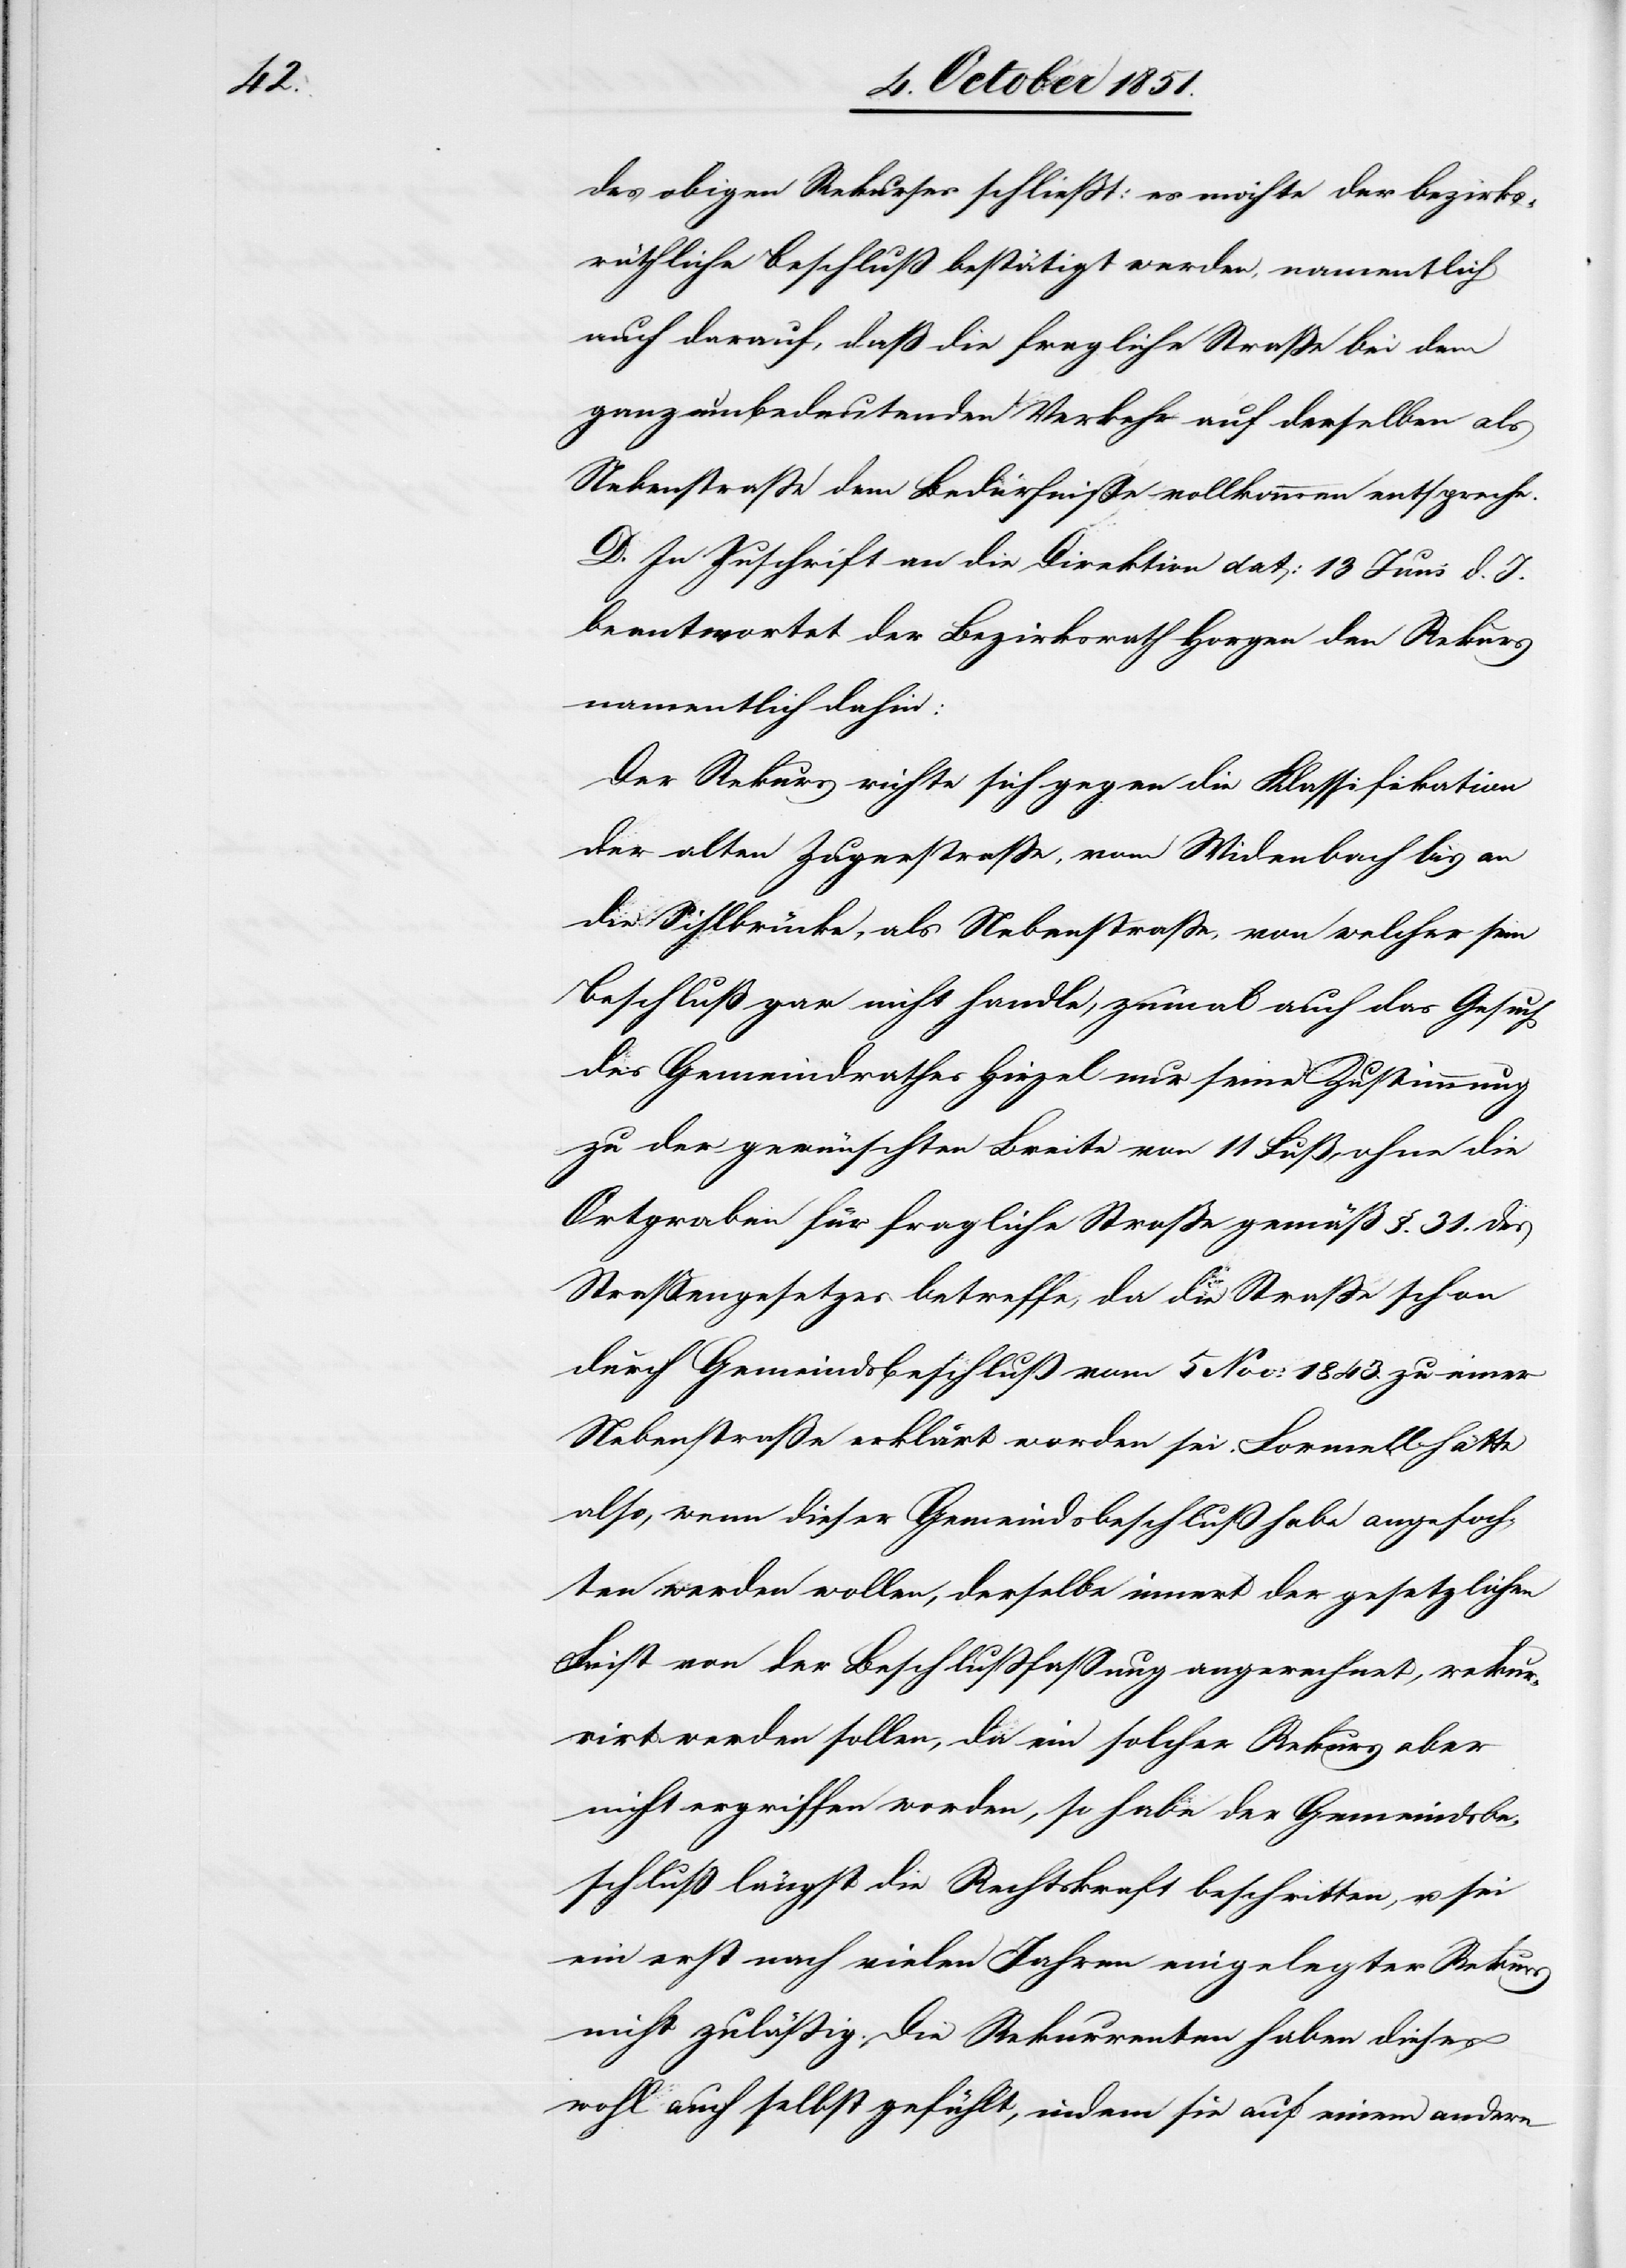
des obigen Rekurses schließt: es möchte der bezirks¬
räthliche Beschluß bestätigt werden, namentlich
auch darauf, daß die fragliche Straße bei dem
ganz unbedeutenden Verkehr auf derselben als
Nebenstraße dem Bedürfniße vollkommen entspreche.
D. In Zuschrift an die Direktion dat: 13 Juni d. J.
beantwortet der Bezirksrath Horgen den Rekurs
namentlich dahin:
Der Rekurs richte sich gegen die Klassifikation
der alten Zugerstraße, vom Widenbach bis an
die Sihlbrücke, als Nebenstraße, von welcher sein
Beschluß gar nicht handle, zumal auch das Gesuch
des Gemeindrathes Hirzel nur seine Zustimmung
zu der gewünschten Breite von 11 Fuß, ohne die
Ortgraben für fragliche Straße gemäß §. 31. des
Straßengesetzes betreffe, da die Straße schon
durch Gemeindsbeschluß vom 5 Nov: 1843. zu einer
Nebenstraße erklärt worden sei. Formell hätte
also, wenn dieser Gemeindsbeschluß habe angefoch¬
ten werden wollen, derselbe innert der gesetzlichen
Frist von der Beschlußfassung angerechnet, rekur¬
rirt werden sollen, da ein solcher Rekurs aber
nicht ergriffen worden, so habe der Gemeindsbe¬
schluß längst die Rechtskraft beschritten, u. sei
ein erst nach vielen Jahren eingelegter Rekurs
nicht zuläßig. Die Rekurrenten haben dieses
wohl auch selbst gefühlt, indem sie auf einem andern